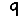
Digit: 9